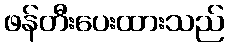
ဖန်တီးပေးထားသည်